Report on horse surra - Volume II, Part II
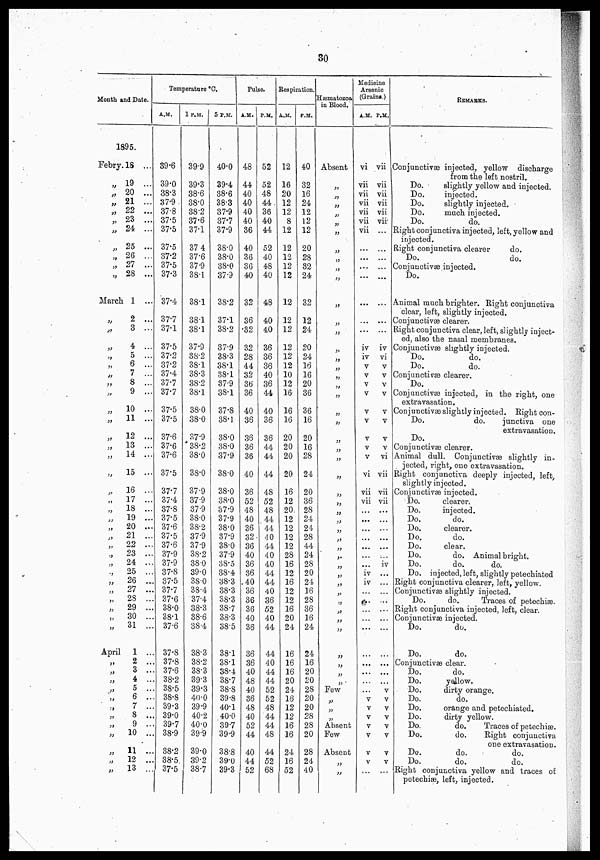
30
Month and Date.
1895.
Febry.
„
„
„
„
„
„
„
„
„
„
March
„
„
„
„
„
„
„
„
„
„
„
„
„
„
„
„
„
„
„
„
„
„
„
„
„
„
„
„
„
„
April
„
„
„
„
„
„
„
„
„
„
„
„
18 ...
19 ...
20 ...
21 ...
22 ...
23 ...
24 ...
25 ...
26 ...
27 ...
28 ...
1
...
2 ...
3 ...
4 ...
5 ...
6 ...
7 ...
8 ...
9 ...
10 ...
11 ...
12 ...
13 ...
14 ...
15 ...
16 ...
17 ...
18 ...
19 ...
20 ...
21 ...
22 ...
23 ...
24 ...
25 ...
26 ...
27 ..
28 ..
29 ..
30 ..
31 ..
1 ..
2 ..
3 ..
4 ..
5 ..
6 ..
7 ..
8 ..
9 ..
10 ..
11 ..
12 ..
13 ..
Temperature °C.
A.M.
39.6
39.0
38.3
37.9
37.8
37.5
37.5
37.5
87.2
37.5
37.3
37.4
37.7
37.1
37.5
37.2
37.2
37.4
37.7
37.7
37.5
37.5
37.6
37.6
37.6
37.5
37.7
37.4
37.8
37.5
37.6
37.5
37.6
37.9
37.9
37.8
37.5
37.7
37.6
38.0
38.1
37.6
. 37.8
. 37.8
. 37.6
. 38.2
. 38.5
38.8
. 39.3
. 39.0
. 39.7
. 38.9
. 38.2
. 38.5
. 37.5
1 P.M.
39.9
39.3
38.6
38.0
38.2
37.6
37.1
37.4
37.6
37.9
38.1
38.1
38.1
38.1
37.9
38.2
38.1
38.3
38.2
38.1
38.0
38.0
37.9
38.2
38.0
38.0
37.9
37.9
37.9
38.0
38.2
37.9
37.9
38.2
38.0
39.0
38.0
38.4
37.4
38.3
38.6
38.4
38.3
38.2
38.3
39.3
39.3
40.0
39.9
40.2
40.0
39.9
39.0
39.2
38.7
5 P.M.
40.0
39.4
38.6
38.3
37.9
37.7
37.9
38.0
38.0
38.0
37.9
38.2
37.1
38.2
37.9
38.3
38.1
38.1
37.9
38.1
37.8
38.1
38.0
38.0
37.9
38.0
38.0
38.0
37.9
37.9
38.0
37.9
38.0
37.9
38.5
38.4
38.3
38.3
38.3
38.7
38.3
38.5
38-1
38-1
38.4
38.7
38.8
39.8
40.1
40.0
39.7
39.9
38.8
39.0
39.3
Pulse.
A.M.
48
44
40
40
40
40
36
40
36
36
40
32
36
32
32
28
44
32
36
36
40
36
36
36
36
40
36
52
48
40
36
32
36
P.M.
52
52
48
44
36
40
44
52
40
48
40
48
40
40
36
36
36
40
36
44
40
36
36
44
44
44
48
52
48
44
44
40
44
40 40
36 40
36
40
36
36
36
40
36
36
36
40
48
40
36
48
40
52
44
40
44
52
44
44
40
36
52
40
44
44
40
44
44
52
52
48
44
44
48
44
52
68
Respiration.
A.M.
12
16
20
12
12
8
12
12
12
12
12
12
12
12
12
12
12
10
12
16
16
16
20
20
20
20
16
12
20.
12
12
12
12
28
16
12
16
12
12
16
20
24
16
16
16
20
24
16
12
12
16
16
24
16
52
P.M.
40
32
16
24
12
12
12
20
28
32
24
32
12
24
20
24
16
16
20
36
36
16
20
16
28
24
20
36
28
24
24
28
44
24
28
20
24
16
28
36
16
24
24
16
20
20
28
20
20
28
28
20
28
24
40
Hæmatozoa
in
Blood.
Absent
„
„
„
„
„
„
„
„
„
„
„
„
„
„
„
„
„
„
„
„
„
„
„
„
„
„
„
„
„
„
„
„
„
„
„
„
„
„
„
„
„
„
„
„
„
Few
„
„
„
Absent
Few
Absent
„
„
Medicine
Arsenic
(Grains.)
A.M.
vi
vii
vii
vii
vii
vii
vii
...
...
...
...
...
...
...
iv
iv
v
v
v
v
v
v
v
v
v
vi
vii
vii
...
...
...
...
...
...
...
iv
iv
...
...
...
...
...
...
...
...
...
v
v
v
v
v
v
v
v
...
P.M.
vii
vii
vii
vii
vii
vii
...
...
...
...
...
...
...
...
iv
vi
v
v
v
v
v
v
v
v
vi
vii
vii
vii
...
...
...
...
...
...
iv
...
...
...
...
...
...
...
...
...
...
...
v
v
v
v
v
v
v
...
REMARKS.
Conjunctivæ injected, yellow discharge
from the left nostril.
Do.
slightly yellow and injected.
Do.
injected.
Do.
slightly injected.
Do.
much injected.
Do.
do.
Right conjunctiva injected, left, yellow and
injected.
Right conjunctiva clearer
do.
Do.
do.
Conjunctivæ injected.
Do.
Animal much brighter. Right conjunctiva
clear, left, slightly injected.
Conjunctivæ clearer.
Right conjunctiva clear, left, slightly inject-
ed, also the nasal membranes.
Conjunctivæ slightly injected.
Do.
do.
Do.
do.
Conjunctivæ clearer.
Do.
Conjunctivæ injected, in the right, one
extravasation.
Conjunctivæ slightly injected. Right con-
Do.
do.
junctiva one
extravasation.
Do.
Conjunctivæ clearer.
Animal dull. Conjunctivæ slightly in-
jected, right, one extravasation.
Right conjunctiva deeply injected, left,
slightly injected.
Conjunctivæ injected.
Do.
clearer.
Do.
injected.
Do.
do.
Do.
clearer.
Do.
do.
Do.
clear.
Do.
do. Animal bright.
Do.
do.
do.
Do. injected, left, slightly petechiated
Right conjunctiva clearer, left, yellow.
Conjunctivæ slightly injected.
Do.
do.
Traces of petechiae.
Right conjunctiva injected, left, clear.
Conjunctivæ injected.
Do.
do.
Do.
do.
Conjunctivæ clear.
Do.
do.
Do.
yellow.
Do.
dirty orange.
Do.
do.
Do.
orange and petechiated.
Do.
dirty yellow.
Do.
do.
Traces of petechias.
Do.
do.
Right conjunctiva
one extravasation.
Do.
do.
do.
Do.
do.
do.
Right conjunctiva yellow and traces of
petechiæ, left, injected.